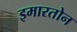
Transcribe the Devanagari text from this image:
इमारतोन